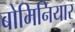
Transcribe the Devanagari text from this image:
बोमिनियार